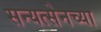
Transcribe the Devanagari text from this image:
सन्यत्सेनच्या